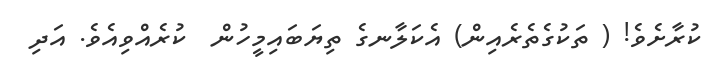
ކުރާށެވެ! ( ތަކުގެތެރެއިން) އެކަލާނގެ ތިޔަބައިމީހުން  ކުރެއްވިއެވެ. އަދި